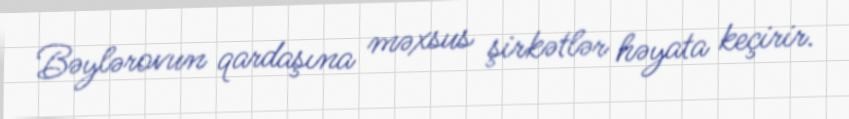
Bəylərovun qardaşına məxsus şirkətlər həyata keçirir.